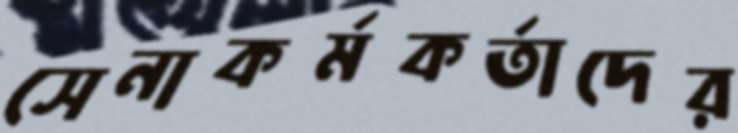
সেনাকর্মকর্তাদের